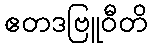
ဧတဒဗြူဝီတိ